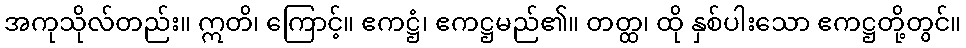
အကုသိုလ်တည်း။ ဣတိ၊ ကြောင့်။ ဧကဋ္ဌံ၊ ဧကဋ္ဌမည်၏။ တတ္ထ၊ ထို နှစ်ပါးသော ဧကဋ္ဌတို့တွင်။